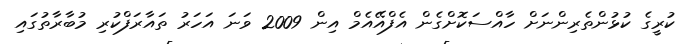
ކުރީގެ ކުޅުންތެރިންނަށް ހާއްސަކޮށްގެން އެފްއޭއެމް އިން 2009 ވަނަ އަހަރު ތައާރަފްކުރި މުބާރާތުގައި